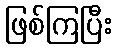
ဖြစ်ကြပြီး